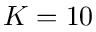
K = 1 0